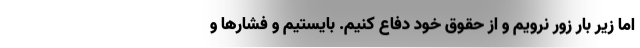
اما زیر بار زور نرویم و از حقوق خود دفاع کنیم. بایستیم و فشارها و